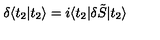
\delta \langle t _ { 2 } | t _ { 2 } \rangle = i \langle t _ { 2 } | \delta \tilde { S } | t _ { 2 } \rangle